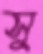
সু